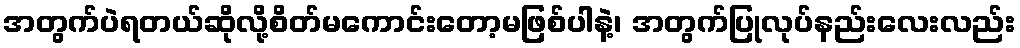
အတွက်ပဲရတယ်ဆိုလို့စိတ်မကောင်းတော့မဖြစ်ပါနဲ့၊ အတွက်ပြုလုပ်နည်းလေးလည်း